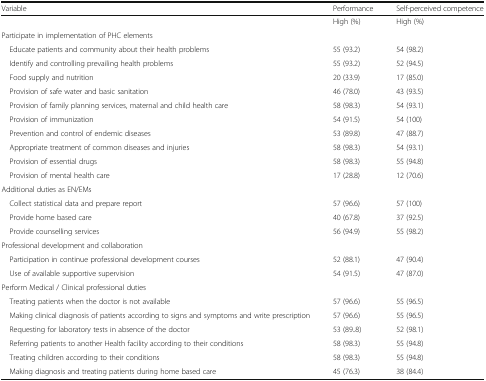
| Variable | Performance | Self-perceived competence |
 | --- | --- | --- |
 |  | High (%) | High (%) |
 | <COLSPAN=3> Participate in implementation of PHC elements |
 | Educate patients and community about their health problems | 55 (93.2) | 54 (98.2) |
 | Identify and controlling prevailing health problems | 55 (93.2) | 52 (94.5) |
 | Food supply and nutrition | 20 (33.9) | 17 (85.0) |
 | Provision of safe water and basic sanitation | 46 (78.0) | 43 (93.5) |
 | Provision of family planning services, maternal and child health care | 58 (98.3) | 54 (93.1) |
 | Provision of immunization | 54 (91.5) | 54 (100) |
 | Prevention and control of endemic diseases | 53 (89.8) | 47 (88.7) |
 | Appropriate treatment of common diseases and injuries | 58 (98.3) | 54 (93.1) |
 | Provision of essential drugs | 58 (98.3) | 55 (94.8) |
 | Provision of mental health care | 17 (28.8) | 12 (70.6) |
 | <COLSPAN=3> Additional duties as EN/EMs |
 | Collect statistical data and prepare report | 57 (96.6) | 57 (100) |
 | Provide home based care | 40 (67.8) | 37 (92.5) |
 | Provide counselling services | 56 (94.9) | 55 (98.2) |
 | <COLSPAN=3> Professional development and collaboration |
 | Participation in continue professional development courses | 52 (88.1) | 47 (90.4) |
 | Use of available supportive supervision | 54 (91.5) | 47 (87.0) |
 | <COLSPAN=3> Perform Medical / Clinical professional duties |
 | Treating patients when the doctor is not available | 57 (96.6) | 55 (96.5) |
 | Making clinical diagnosis of patients according to signs and symptoms and write prescription | 57 (96.6) | 55 (96.5) |
 | Requesting for laboratory tests in absence of the doctor | 53 (89..8) | 52 (98.1) |
 | Referring patients to another Health facility according to their conditions | 58 (98.3) | 55 (94.8) |
 | Treating children according to their conditions | 58 (98.3) | 55 (94.8) |
 | Making diagnosis and treating patients during home based care | 45 (76.3) | 38 (84.4) |